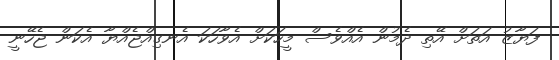
ފަޔާޒު އަތަށް އޭތި ދެމުން އެއްވެސް މީހަކަށް އެވާހަކަ އެނގިއްޖެއްޔާ އެކަން ޖެހޭނީ